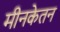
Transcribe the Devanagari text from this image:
मीनकेतन